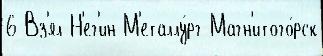
6 Вз'ял Н'ег'ин М'еталлу́рг-Магн'итого́рск